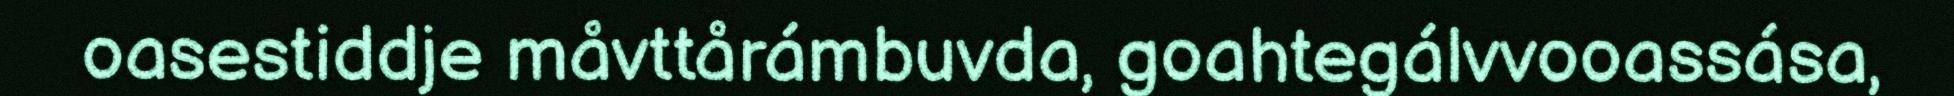
oasestiddje måvttårámbuvda, goahtegálvvooassása,